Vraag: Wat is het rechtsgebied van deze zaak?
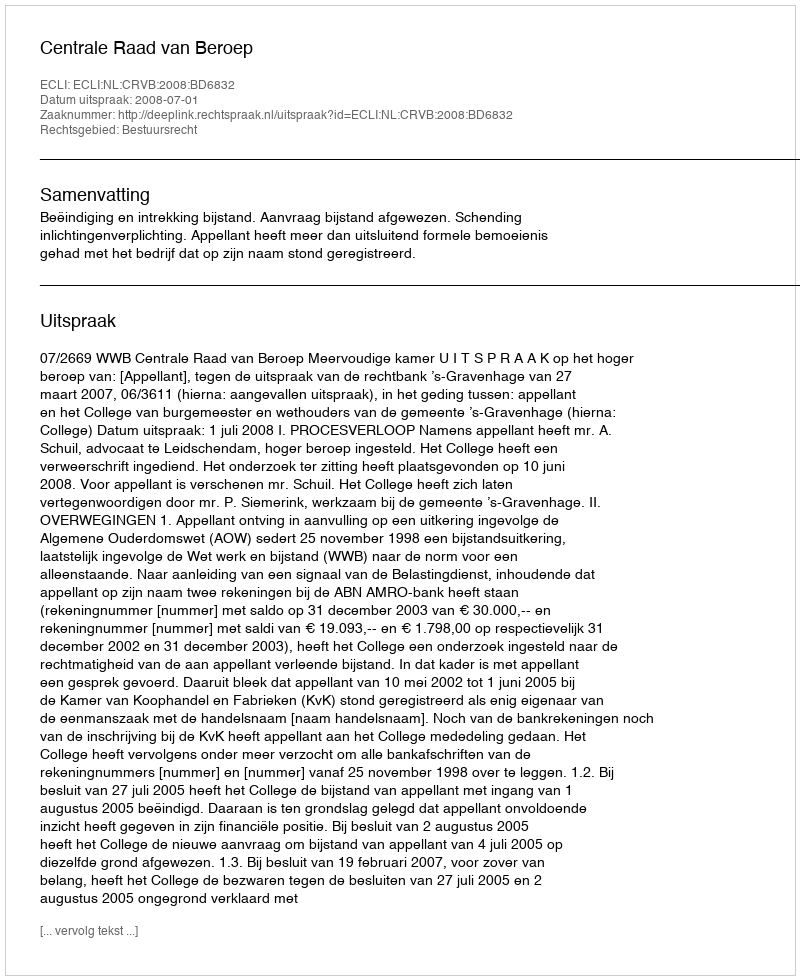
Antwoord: Bestuursrecht